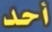
أحد